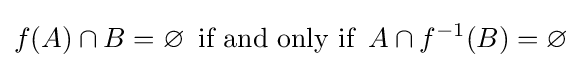
f(A)\cap B=\varnothing \,{\text{ if and only if }}\,A\cap f^{-1}(B)=\varnothing